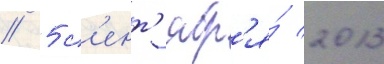
// 5 с'ент'ябр'я́ 2013